Assam Mental Hospital (Tezpur, India) - 1933-1948
Year: 1933
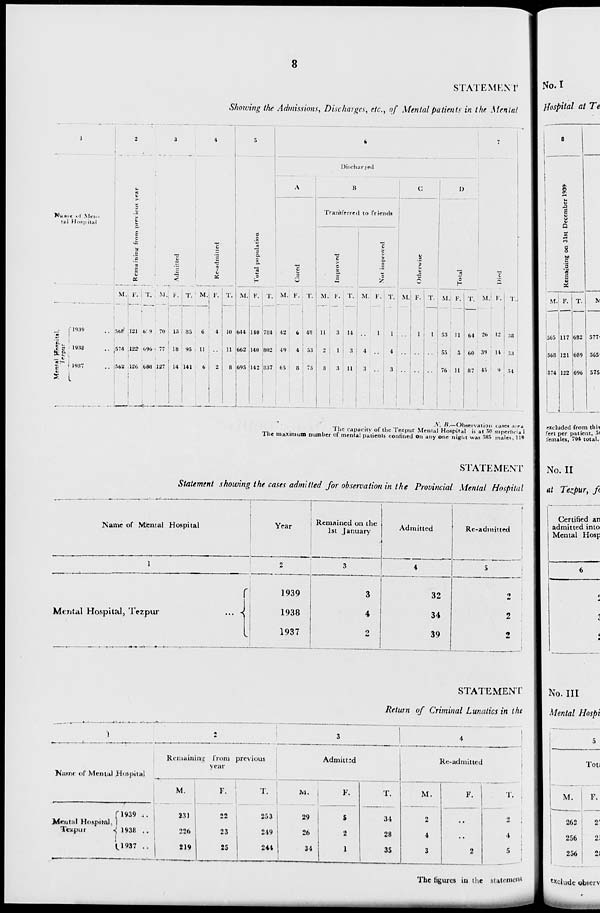
8
STATEMENT
Showing the Admissions, Discharges, etc., of Mental patients in the Mental
1
Name
of
Men-
-al Hospital
Mental Hospital,
Tezpur
1939 ..
1938 ..
1937 ..
2
Remaining from previous year
M.
568
574
562
F.
121
122
126
T.
689
696
688
3
Admitted
M.
70
77
127
F.
15
18
14
T.
85
95
141
4
Re-admitted
M.
6
11
6
F.
4
..
2
T.
10
11
8
5
Total population
M.
644
662
695
F.
140
140
142
T.
784
802
837
6
Discharged
A
Cured
M.
42
49
65
F.
6
4
8
T.
48
53
73
B
Transferred to friends
Improved
M.
11
2
8
F.
3
1
3
T.
14
3
11
Not improved
M.
..
4
3
F.
1
..
..
T.
1
4
3
C
Otherwise
M.
..
..
..
F.
1
..
..
T.
1
..
..
D
Total
M.
53
55
76
F.
11
5
11
T.
64
60
87
7
Died
M.
26
39
45
F.
12
14
9
T.
38
53
54
N. B.–Observation
cases area
The
capacity of the Tezpur Mental Hospital is at 50 superficial
The maximum number of mental patients confined on any one night was 585 males, 119
STATEMENT
Statement showing the cases admitted for observation in the Provincial Mental Hospital
Name of Mental Hospital
1
Mental Hospital, Tezpur
...
Year
2
1939
1938
1937
Remained on the
1st January
3
3
4
2
Admitted
4
32
34
39
Re-admitted
5
2
2
2
STATEMENT
Return of Criminal Lunatics in the
1
Name of Mental Hospital
Mental Hospital,
Tezpur
1939 ..
1938 ..
1937 ..
2
Remaining from previous
year
M.
231
226
219
F.
22
23
25
T.
253
249
244
3
Admitted
M.
29
26
34
F.
5
2
1
T.
34
28
35
4
Re-admitted
M.
2
4
3
F.
..
..
2
T.
2
4
5
The figures in the statement